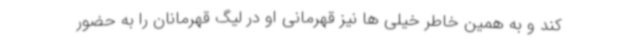
کند و به همین خاطر خیلی ها نیز قهرمانی او در لیگ قهرمانان را به حضور